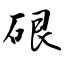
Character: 硍